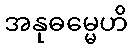
အနုဓမ္မေဟိ